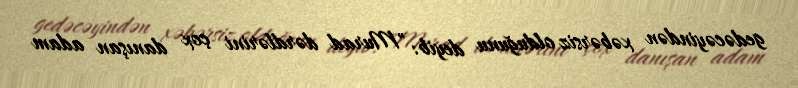
gedəcəyindən xəbərsiz olduğunu deyib: "Murad dərdlərini çox danışan adam